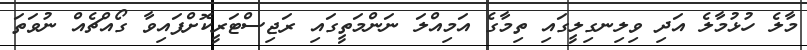
މާލެ ހުޅުމާލެ އަދި ވިލިނގިލީގައި ތިމާގެ އަމިއްލަ ނަންމަތީގައި ރަޖިސްޓަރީކޮށްފައިވާ ގޯއްޗެއް ނުވަތަ